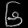
Digit: ၆